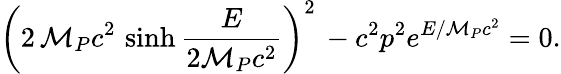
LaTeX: \left(2\, {\cal M}_{P}c^{2}\, \sinh\frac{E}{2{\cal M}_{P}c^{2}}\right)^{2}\, -c^{2}p^{2}e^{E/{\cal M}_{P}c^{2}}=0.